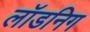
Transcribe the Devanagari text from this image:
लॉडनिग